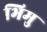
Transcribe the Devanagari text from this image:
भिमु